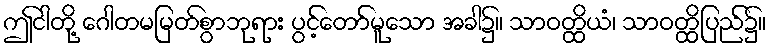
ဤငါတို့ ဂေါတမမြတ်စွာဘုရား ပွင့်တော်မူသော အခါ၌။ သာဝတ္ထိယံ၊ သာဝတ္ထိပြည်၌။